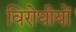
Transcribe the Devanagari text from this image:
विरोधीयों